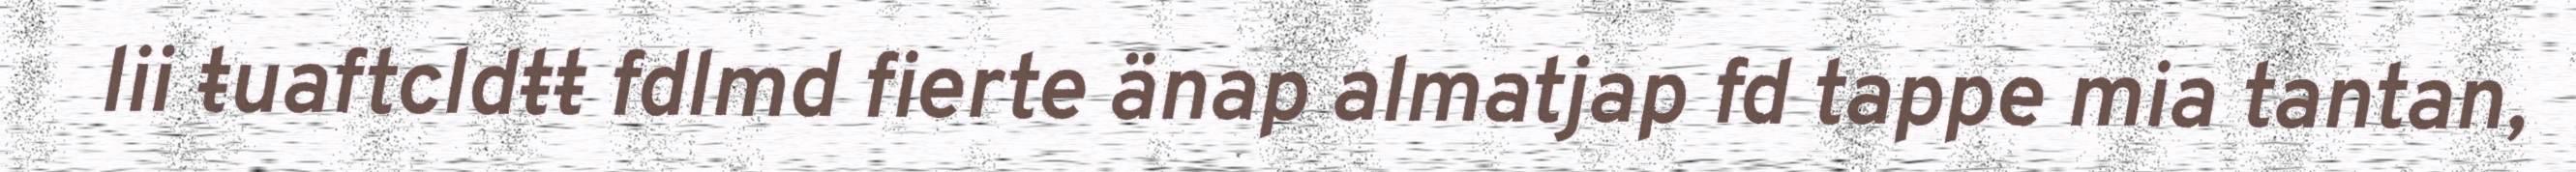
lii ŧuaftcldŧŧ fdlmd fierte änap almatjap fd tappe mia tantan,